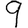
Digit: 9